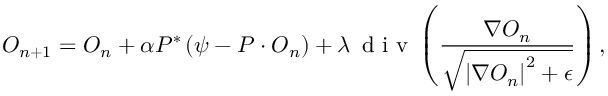
O _ { n + 1 } = O _ { n } + \alpha P ^ { * } \left( \psi - P \cdot O _ { n } \right) + \lambda \, \textrm { d i v } \left( \frac { \nabla O _ { n } } { \sqrt { \left| \nabla O _ { n } \right| ^ { 2 } + \epsilon } } \right) ,